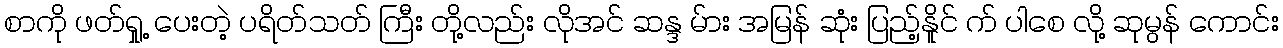
စာကို ဖတ်ရှု့ ပေးတဲ့ ပရိတ်သတ် ကြီး တို့လည်း လိုအင် ဆန္ဒ မ်ား အမြန် ဆုံး ပြည့်နိူင် က် ပါစေ လို့ ဆုမွန် ကောင်း